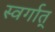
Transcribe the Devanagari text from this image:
स्वर्गात्